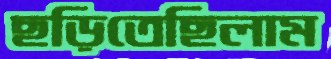
ছড়িতেছিলাম